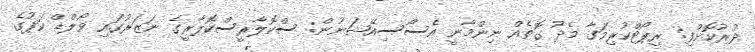
ދުރުކޮށްފި: ރިޕޯޓްކުރިމަގާ މެދު ގޮތެއް ނިންމާނީ އެސޯސިއޭޝަނުން: ސްކޮލާރީސްކޮލާރީގެ ނަޒަރުގައި ވޯލްޑް ކަޕުގެ